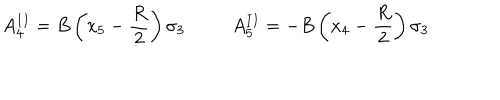
A _ { 4 } ^ { I I } = B \left( x _ { 5 } - { \frac { R } { 2 } } \right) \sigma _ { 3 } ~ A _ { 5 } ^ { I I } = - B \left( x _ { 4 } - { \frac { R } { 2 } } \right) \sigma _ { 3 }